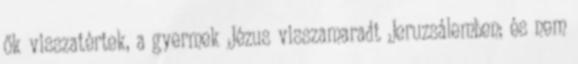
ők visszatértek, a gyermek Jézus visszamaradt Jeruzsálemben; és nem